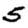
Digit: 5